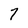
Character: 7